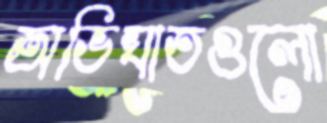
অভিঘাতগুলো